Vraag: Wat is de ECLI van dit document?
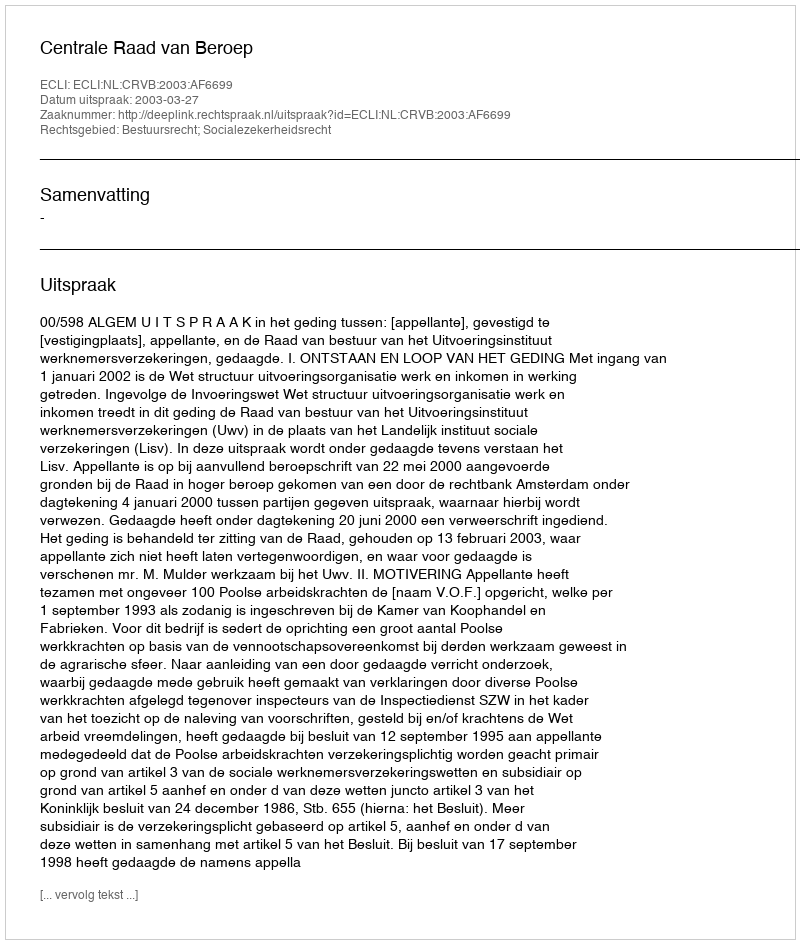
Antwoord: ECLI:NL:CRVB:2003:AF6699